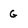
Character: G